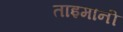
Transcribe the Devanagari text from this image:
ताइमानी